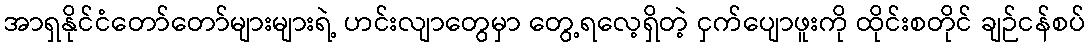
အာရှနိုင်ငံတော်တော်များများရဲ့ ဟင်းလျာတွေမှာ တွေ့ရလေ့ရှိတဲ့ ငှက်ပျောဖူးကို ထိုင်းစတိုင် ချဉ်ငန်စပ်